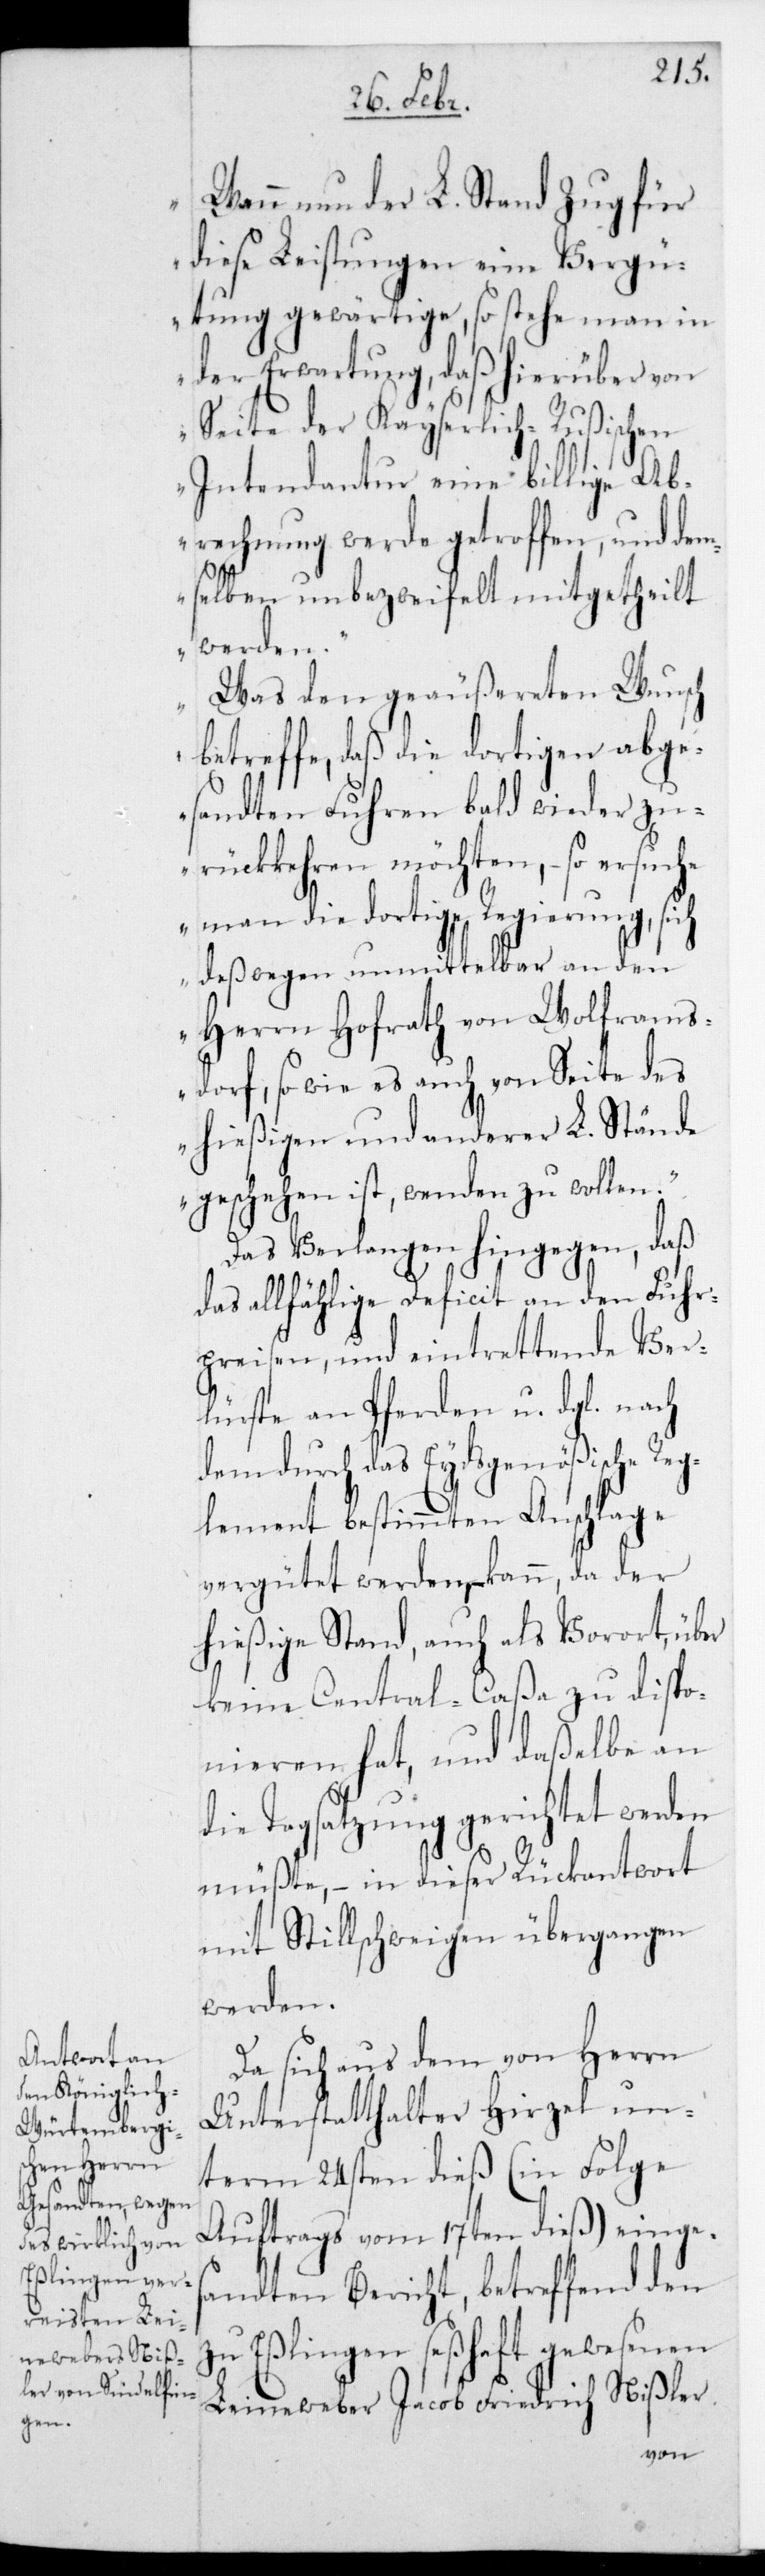
Wenn nun der L. Stand Zug für
diese Leistungen eine Vergü¬
tung gewärtige, so stehe man in
der Erwartung, daß hierüber von
Seite der Kayserlich-Rußischen
Intendantur eine billige Ab¬
rechnung werde getroffen, und dem¬
selben unbezweifelt mitgetheilt
werden.
Was den geäußereten Wunsch
betreffe, daß die dortigen abge¬
sandten Fuhren bald wieder zu¬
rückkehren möchten, – so ersuche
man die dortige Regierung, sich
deßwegen unmittelbar an den
Herrn Hofrath von Wolframs¬
dorf, so wie es auch von Seite des
hießigen und anderer L. Stände
geschehen ist, wenden zu wollen“.
Das Verlangen hingegen, daß
das allfählige Deficit an den Fuhr¬
preisen, und eintrettende Ver¬
lüste an Pferden u.dgl. nach
dem durch das Eydsgenößische Reg¬
lement bestimmten Anschlage
vergütet werden kann, da der
hießige Stand, auch als Vorort, über
keine Centralcaßa zu dispo¬
nieren hat, und daßelbe an
die Tagsatzung gerichtet werden
müßte, – in dieser Rückantwort
mit Stillschweigen übergangen
werden.
Da sich aus dem von Herrn
Unterstatthalter Hirzel un¬
term 24sten dieß (in Folge
Auftrags vom 17ten dieß) einges¬
andten Bericht, betreffend den
zu Eßlingen seßhaft gewesenen
Leineweber Jacob Friedrich Nißler